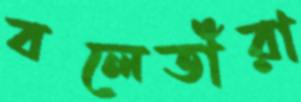
বলেতাঁরা